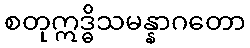
စတုဣဒ္ဓိသမန္နာဂတော